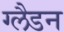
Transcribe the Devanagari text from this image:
ग्लैडन